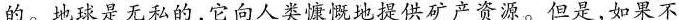
的。地球是无私的，它向人类慷慨地提供矿产资源。但是，如果不